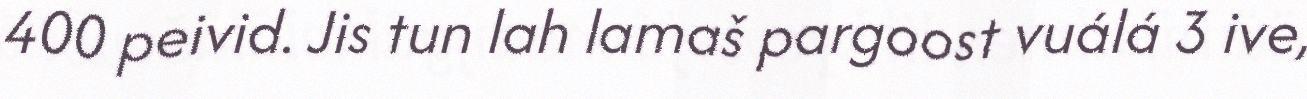
400 peivid. Jis tun lah lamaš pargoost vuálá 3 ive,